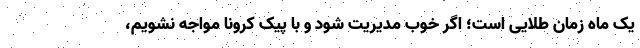
یک ماه زمان طلایی است؛ اگر خوب مدیریت شود و با پیک کرونا مواجه نشویم،